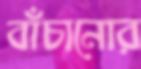
বাঁচানোর